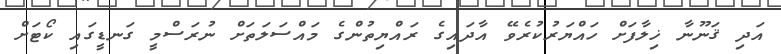
އަދި ޤަނޫނާ ޚިލާފަށް ހައްޔަރުކުރެވޭ އާދައިގެ ރައްޔިތުންގެ މައްސަލަތަށް ނުރަސްމީ ގަނޑީގައި ކޯޓަށް